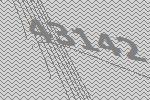
43142